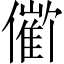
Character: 𪝱